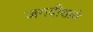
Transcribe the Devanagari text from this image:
जगदीशाचे